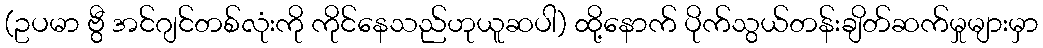
(ဥပမာ ဗွီ အင်ဂျင်တစ်လုံးကို ကိုင်နေသည်ဟုယူဆပါ) ထို့နောက် ပိုက်သွယ်တန်းချိတ်ဆက်မှုများမှာ